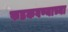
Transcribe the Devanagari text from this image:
फडकवण्याच्या